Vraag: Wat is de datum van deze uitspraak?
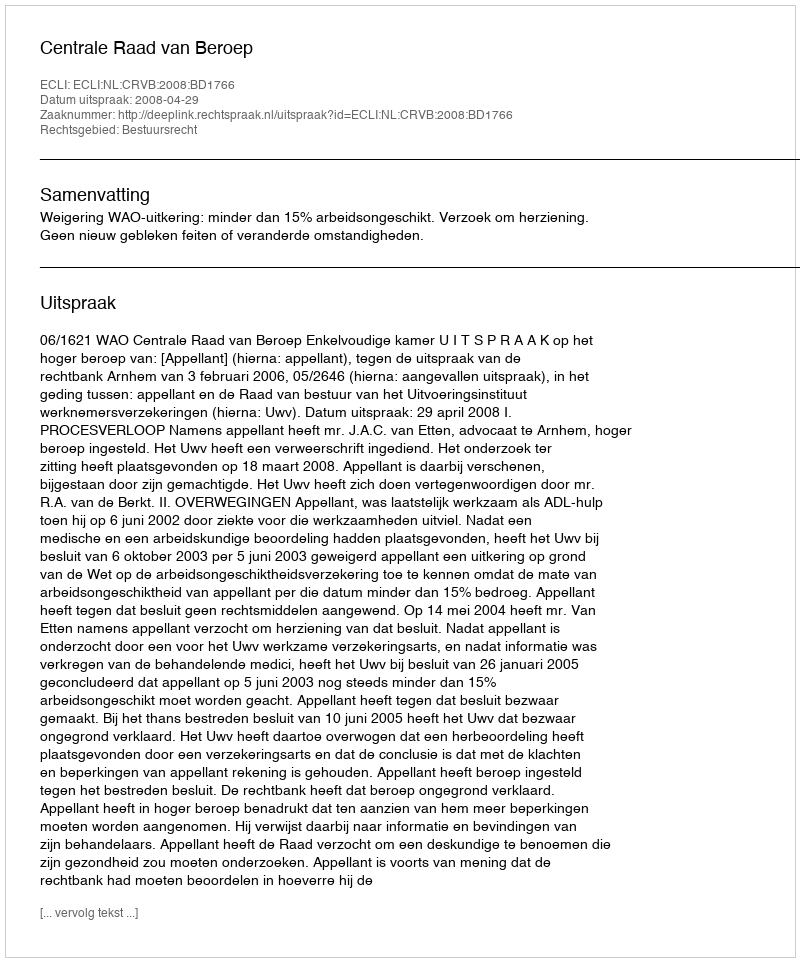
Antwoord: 2008-04-29